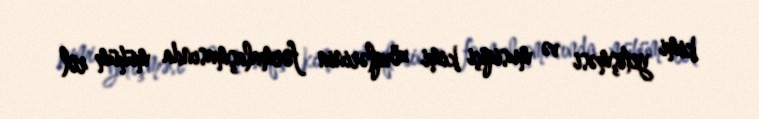
kimi yetişməsi və musiqiçi kimi zövqlərinin formalaşmasında mühüm rol